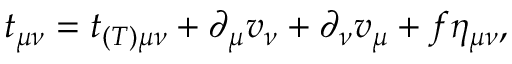
t _ { \mu \nu } = t _ { ( T ) \mu \nu } + \partial _ { \mu } v _ { \nu } + \partial _ { \nu } v _ { \mu } + f \eta _ { \mu \nu } ,